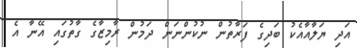
އަދި ޔަލާއާއެކު ބަދިގެ ފަރާތުން ނުކުންނަން ދަމުން ރާމިޒާގެ ގާތުގައި އޭނާ އެ